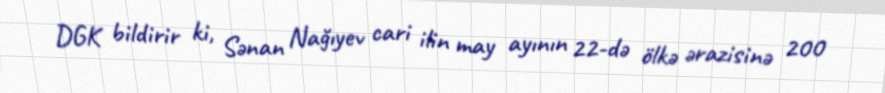
DGK bildirir ki, Sənan Nağıyev cari ilin may ayının 22-də ölkə ərazisinə 200